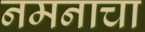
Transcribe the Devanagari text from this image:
नमनाचा